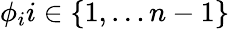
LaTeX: \phi_{i}i\in\{ 1,\ldots n-1\}